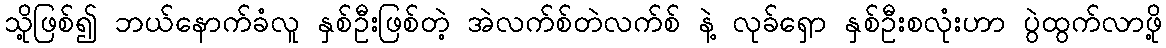
သို့ဖြစ်၍ ဘယ်နောက်ခံလူ နှစ်ဦးဖြစ်တဲ့ အဲလက်စ်တဲလက်စ် နဲ့ လုခ်ရှော နှစ်ဦးစလုံးဟာ ပွဲထွက်လာဖို့